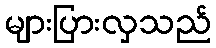
များပြားလှသည်